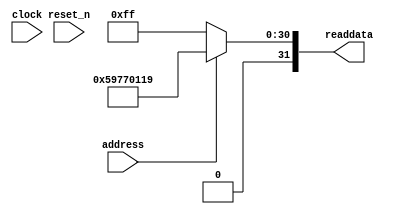
module soc_design_SystemID_11 (
                address,
                clock,
                reset_n,
                readdata
             )
;
  output  [ 31: 0] readdata;
  input            address;
  input            clock;
  input            reset_n;
  wire    [ 31: 0] readdata;
  assign readdata = address ? 1500971289 : 255;
endmodule